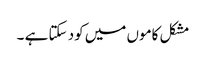
مشکل کاموں میں کود سکتا ہے ۔